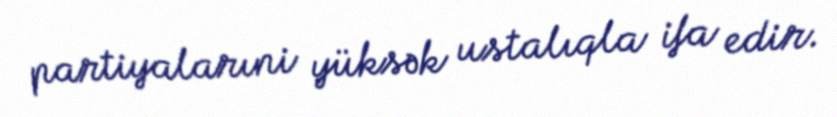
partiyalarıni yüksək ustalıqla ifa edir.